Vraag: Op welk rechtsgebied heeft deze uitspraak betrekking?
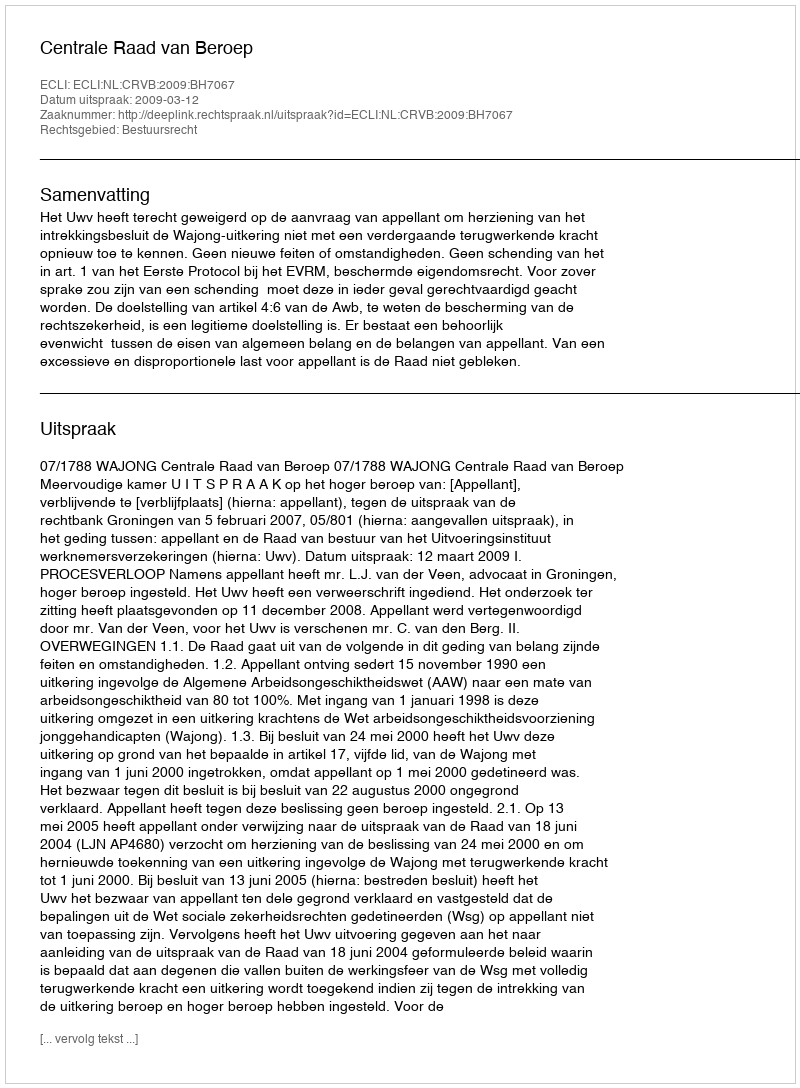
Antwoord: Bestuursrecht